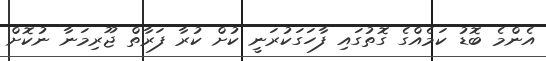
އެންމެ ބޮޑު ކަމެއްގެ ގޮތުގައި ފާހަގަކުރަނީ ކުށް ކުރާ ފަރާތް ޖޫރިމަނާ ނުކޮށް